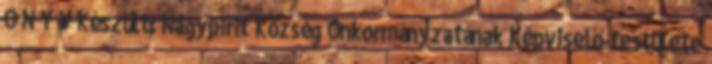
Ö N Y V Készült: Nagypirit Község Önkormányzatának Képviselő-testülete